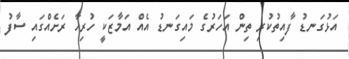
އަޅުގަނޑު ފާއިތުކުރި ތިން އަހަރުގެ މައިގަނޑު އެއް އަމާޒަކީ ހުރިހާ ރަށެއްގައި ސާފު